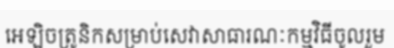
អេឡិចត្រូនិកសម្រាប់សេវាសាធារណៈកម្មវិធីចូលរួម